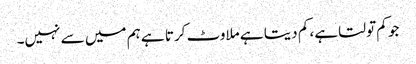
جو کم تولتا ہے، کم دیتا ہے ملاوٹ کرتا ہے ہم میں سے نہیں۔